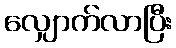
လျှောက်လာပြီး